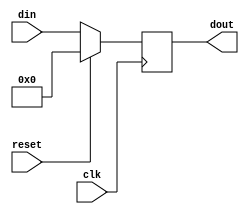
module register8bits(clk, reset, din, dout);
	input reset;
	input clk;
	input [7:0]din;
	output [7:0]dout;
	reg [7:0]dout;
	
	always @(posedge clk)
		if(!reset)
			dout = din;
		else	
			dout = 0;
endmodule